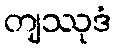
တျဿုဒံ